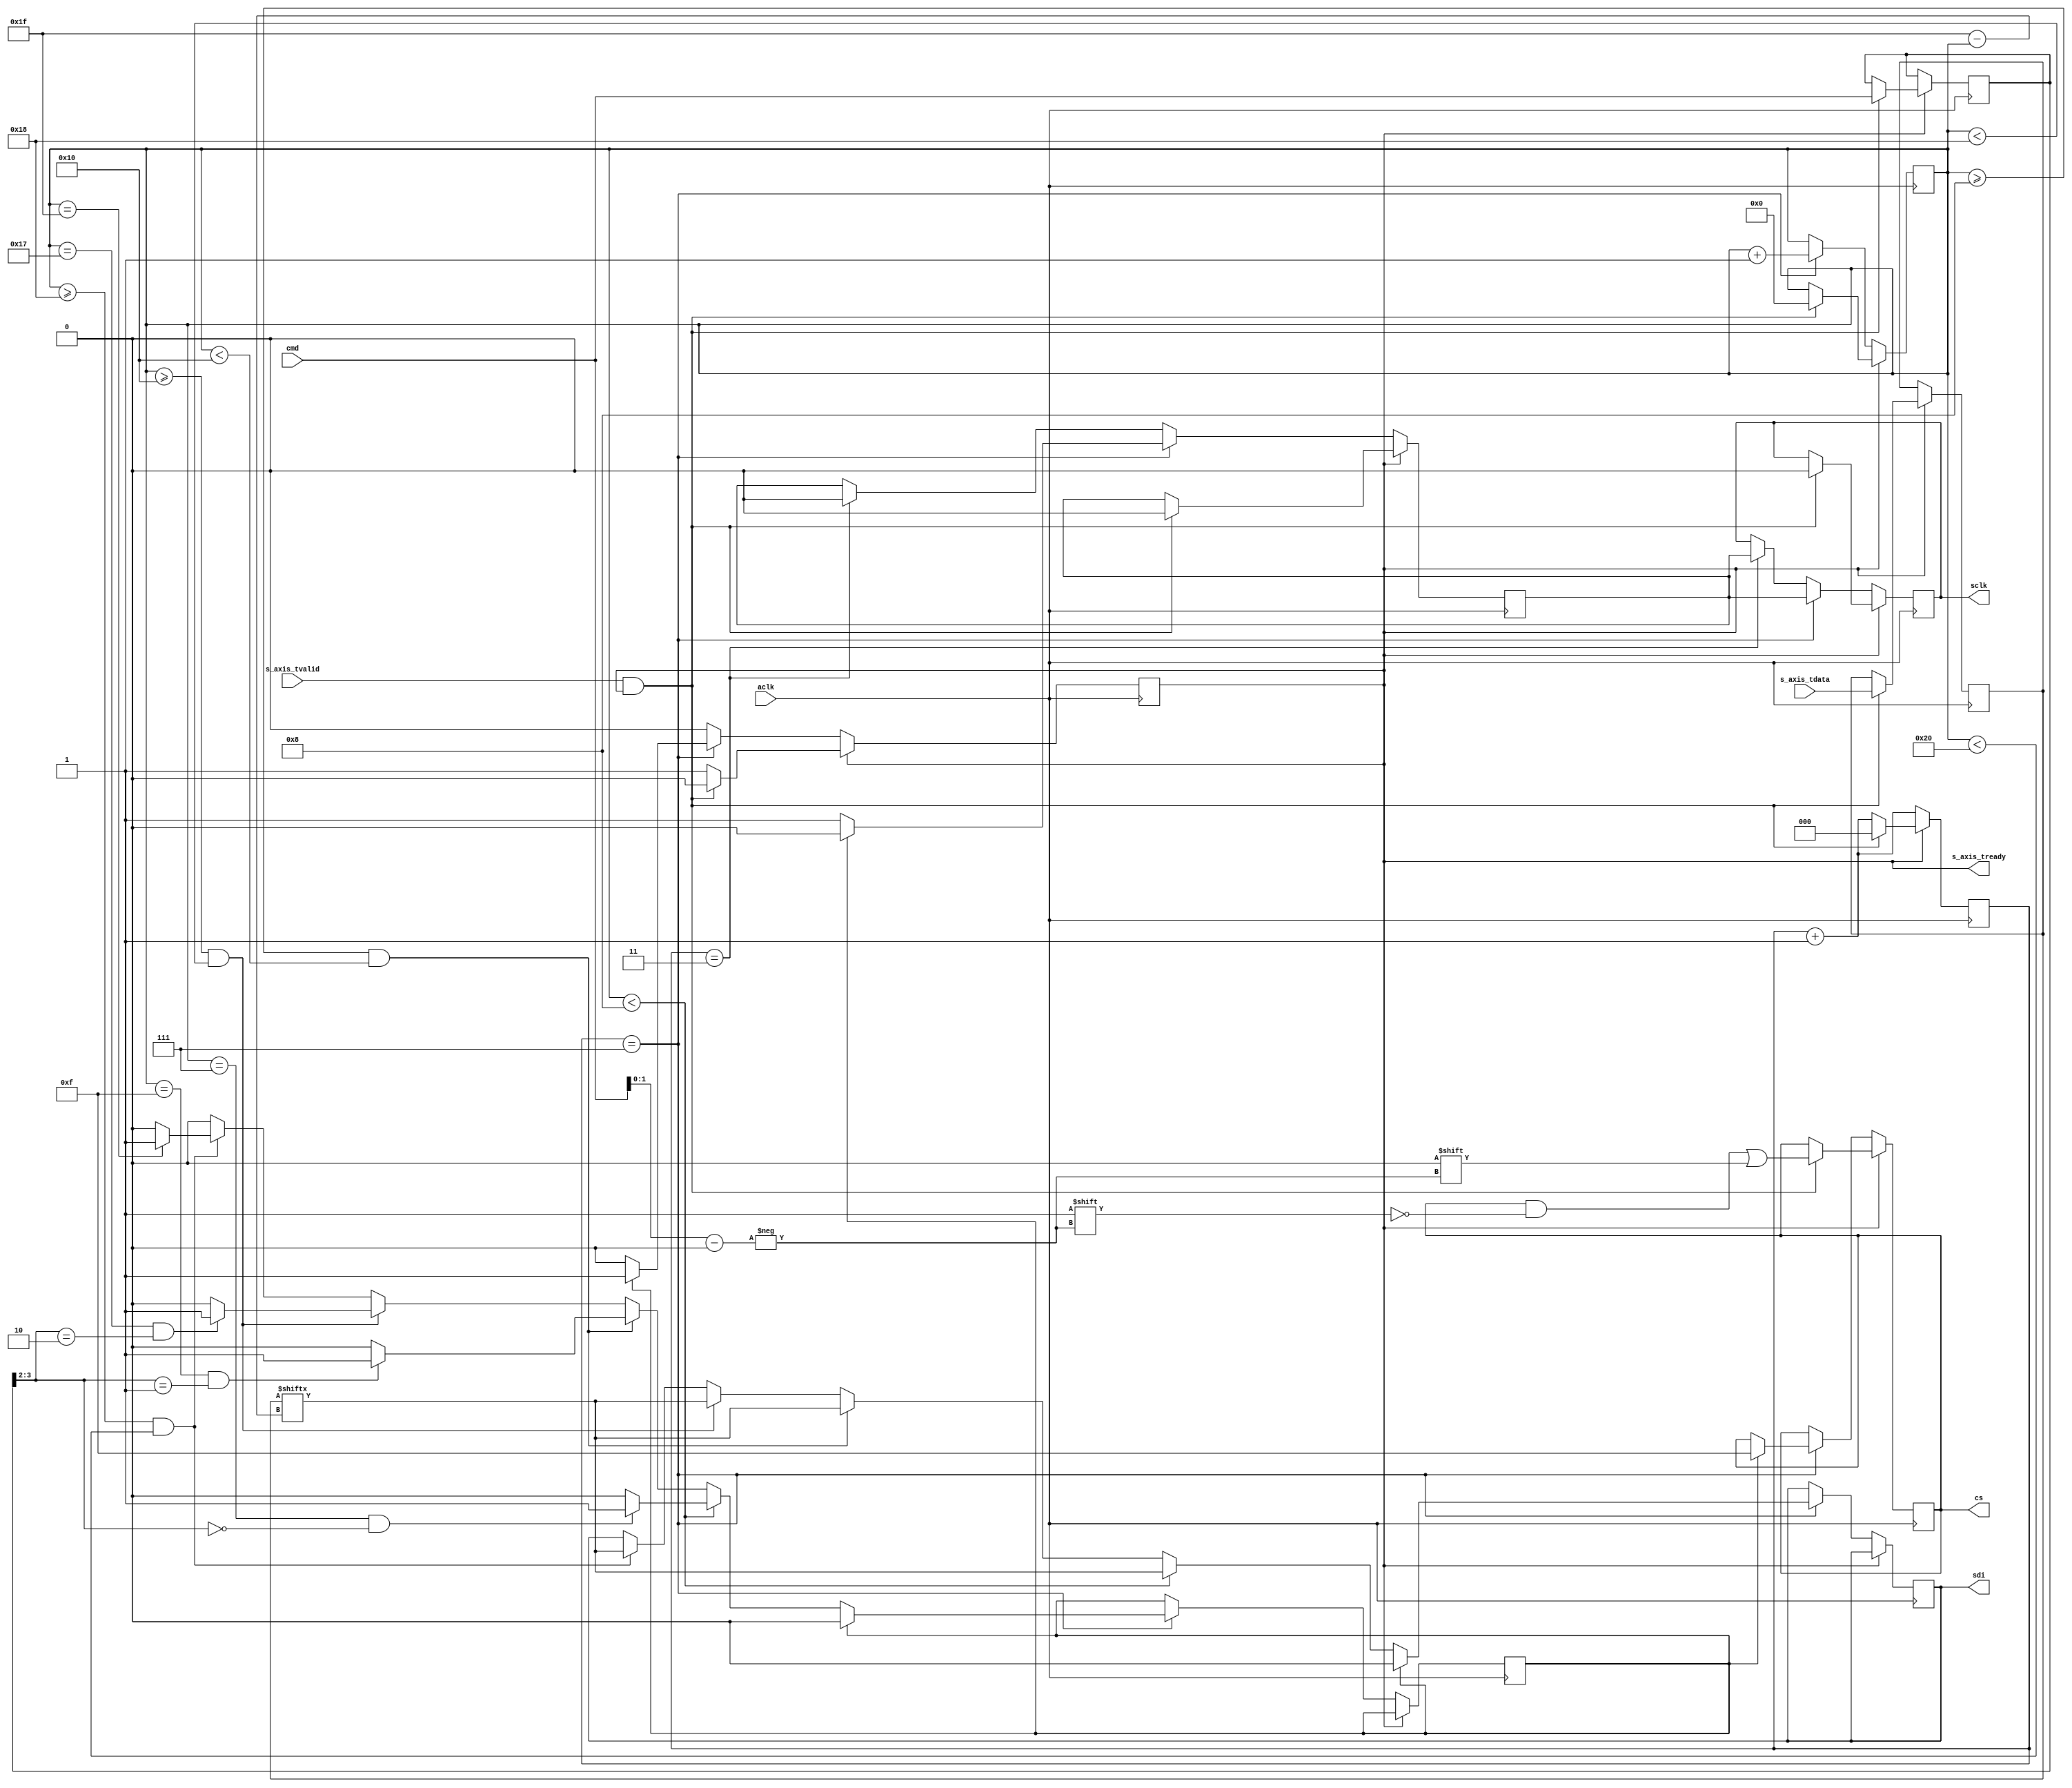
module spi_cfg #
(
  parameter CLK_DIV = 3,
  parameter N_SLAVES = 4
)
(
  input wire                      aclk,
  input wire [32-1:0]             s_axis_tdata,
  input wire                      s_axis_tvalid,
  input wire [8-1:0]              cmd,
  output reg [N_SLAVES-1:0]       cs,
  output reg                      sclk,
  output reg                      sdi,
  output reg                      s_axis_tready
);
  reg [32-1:0] data_reg;
  reg [8-1:0] cmd_reg;
  reg [CLK_DIV-1:0] cnt_clk  = 0; 
  reg [6-1: 0] cnt_sclk;
  reg sclk_reg;
  reg end_sequence;
  initial s_axis_tready = 1'b1;
  initial cs = {(N_SLAVES){1'b1}};
  initial end_sequence = 1'b0;
  always @(posedge aclk) begin
    cnt_clk <= cnt_clk + 1;
    if (s_axis_tready == 1'b0) begin
      if (cnt_clk == {(CLK_DIV){1'b1}}) begin 
        cnt_sclk <= cnt_sclk + 1;
        sclk_reg <= 1'b1;
        sclk <= sclk_reg;
        if (end_sequence == 0) begin               
          if (cnt_sclk < 8) begin
            sdi <= data_reg[31 - cnt_sclk];
            if (cnt_sclk == 7 && cmd_reg[3:2] == 2'b00) begin 
              end_sequence <= 1'b1;
            end
          end else if (cnt_sclk >=  8 && cnt_sclk < 16) begin
            sdi <= data_reg[31 - cnt_sclk];
            if (cnt_sclk == 15 && cmd_reg[3:2] == 2'b01) begin 
              end_sequence <= 1'b1;
            end
          end else if (cnt_sclk >=  16 && cnt_sclk < 24) begin
            sdi <= data_reg[31 - cnt_sclk];
            if (cnt_sclk == 23 && cmd_reg[3:2] == 2'b10) begin 
              end_sequence <= 1'b1;
            end
          end else if (cnt_sclk >=  24 && cnt_sclk < 32) begin
            sdi <= data_reg[31 - cnt_sclk];
            if (cnt_sclk == 31) begin 
              end_sequence <= 1'b1;
            end
          end
        end else begin 
          sdi <= 0;
          sclk_reg <= 1'b0;
          cs <= {(N_SLAVES){1'b1}};
          s_axis_tready <= 1'b1;
          end_sequence <= 1'b0;
        end
      end else if (cnt_clk == {{1'b0}, {(CLK_DIV-1){1'b1}}}) begin
        sclk_reg <= 1'b0;
        sclk <= sclk_reg;
      end
    end else begin
      if (s_axis_tvalid && s_axis_tready) begin
        cs[cmd[1:0]] <= 0;
        s_axis_tready <= 0;
        cmd_reg <= cmd;
        data_reg <= s_axis_tdata;
        cnt_clk <= 0;
        cnt_sclk <= 0;
        sclk_reg <= 0;
        sclk <= 0;
      end
    end
  end
endmodule